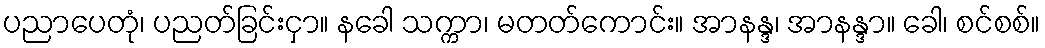
ပညာပေတုံ၊ ပညတ်ခြင်းငှာ။ နခေါ သက္ကာ၊ မတတ်ကောင်း။ အာနန္ဒ၊ အာနန္ဒာ။ ခေါ၊ စင်စစ်။